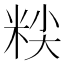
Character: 𰪷